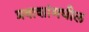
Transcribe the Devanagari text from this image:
प्रवाशांमधील